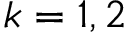
k = 1 , 2